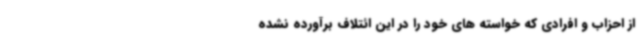
از احزاب و افرادی که خواسته های خود را در این ائتلاف برآورده نشده